Eesti_Ajutise_Maavalitsuse_haridusosakond, lk 63
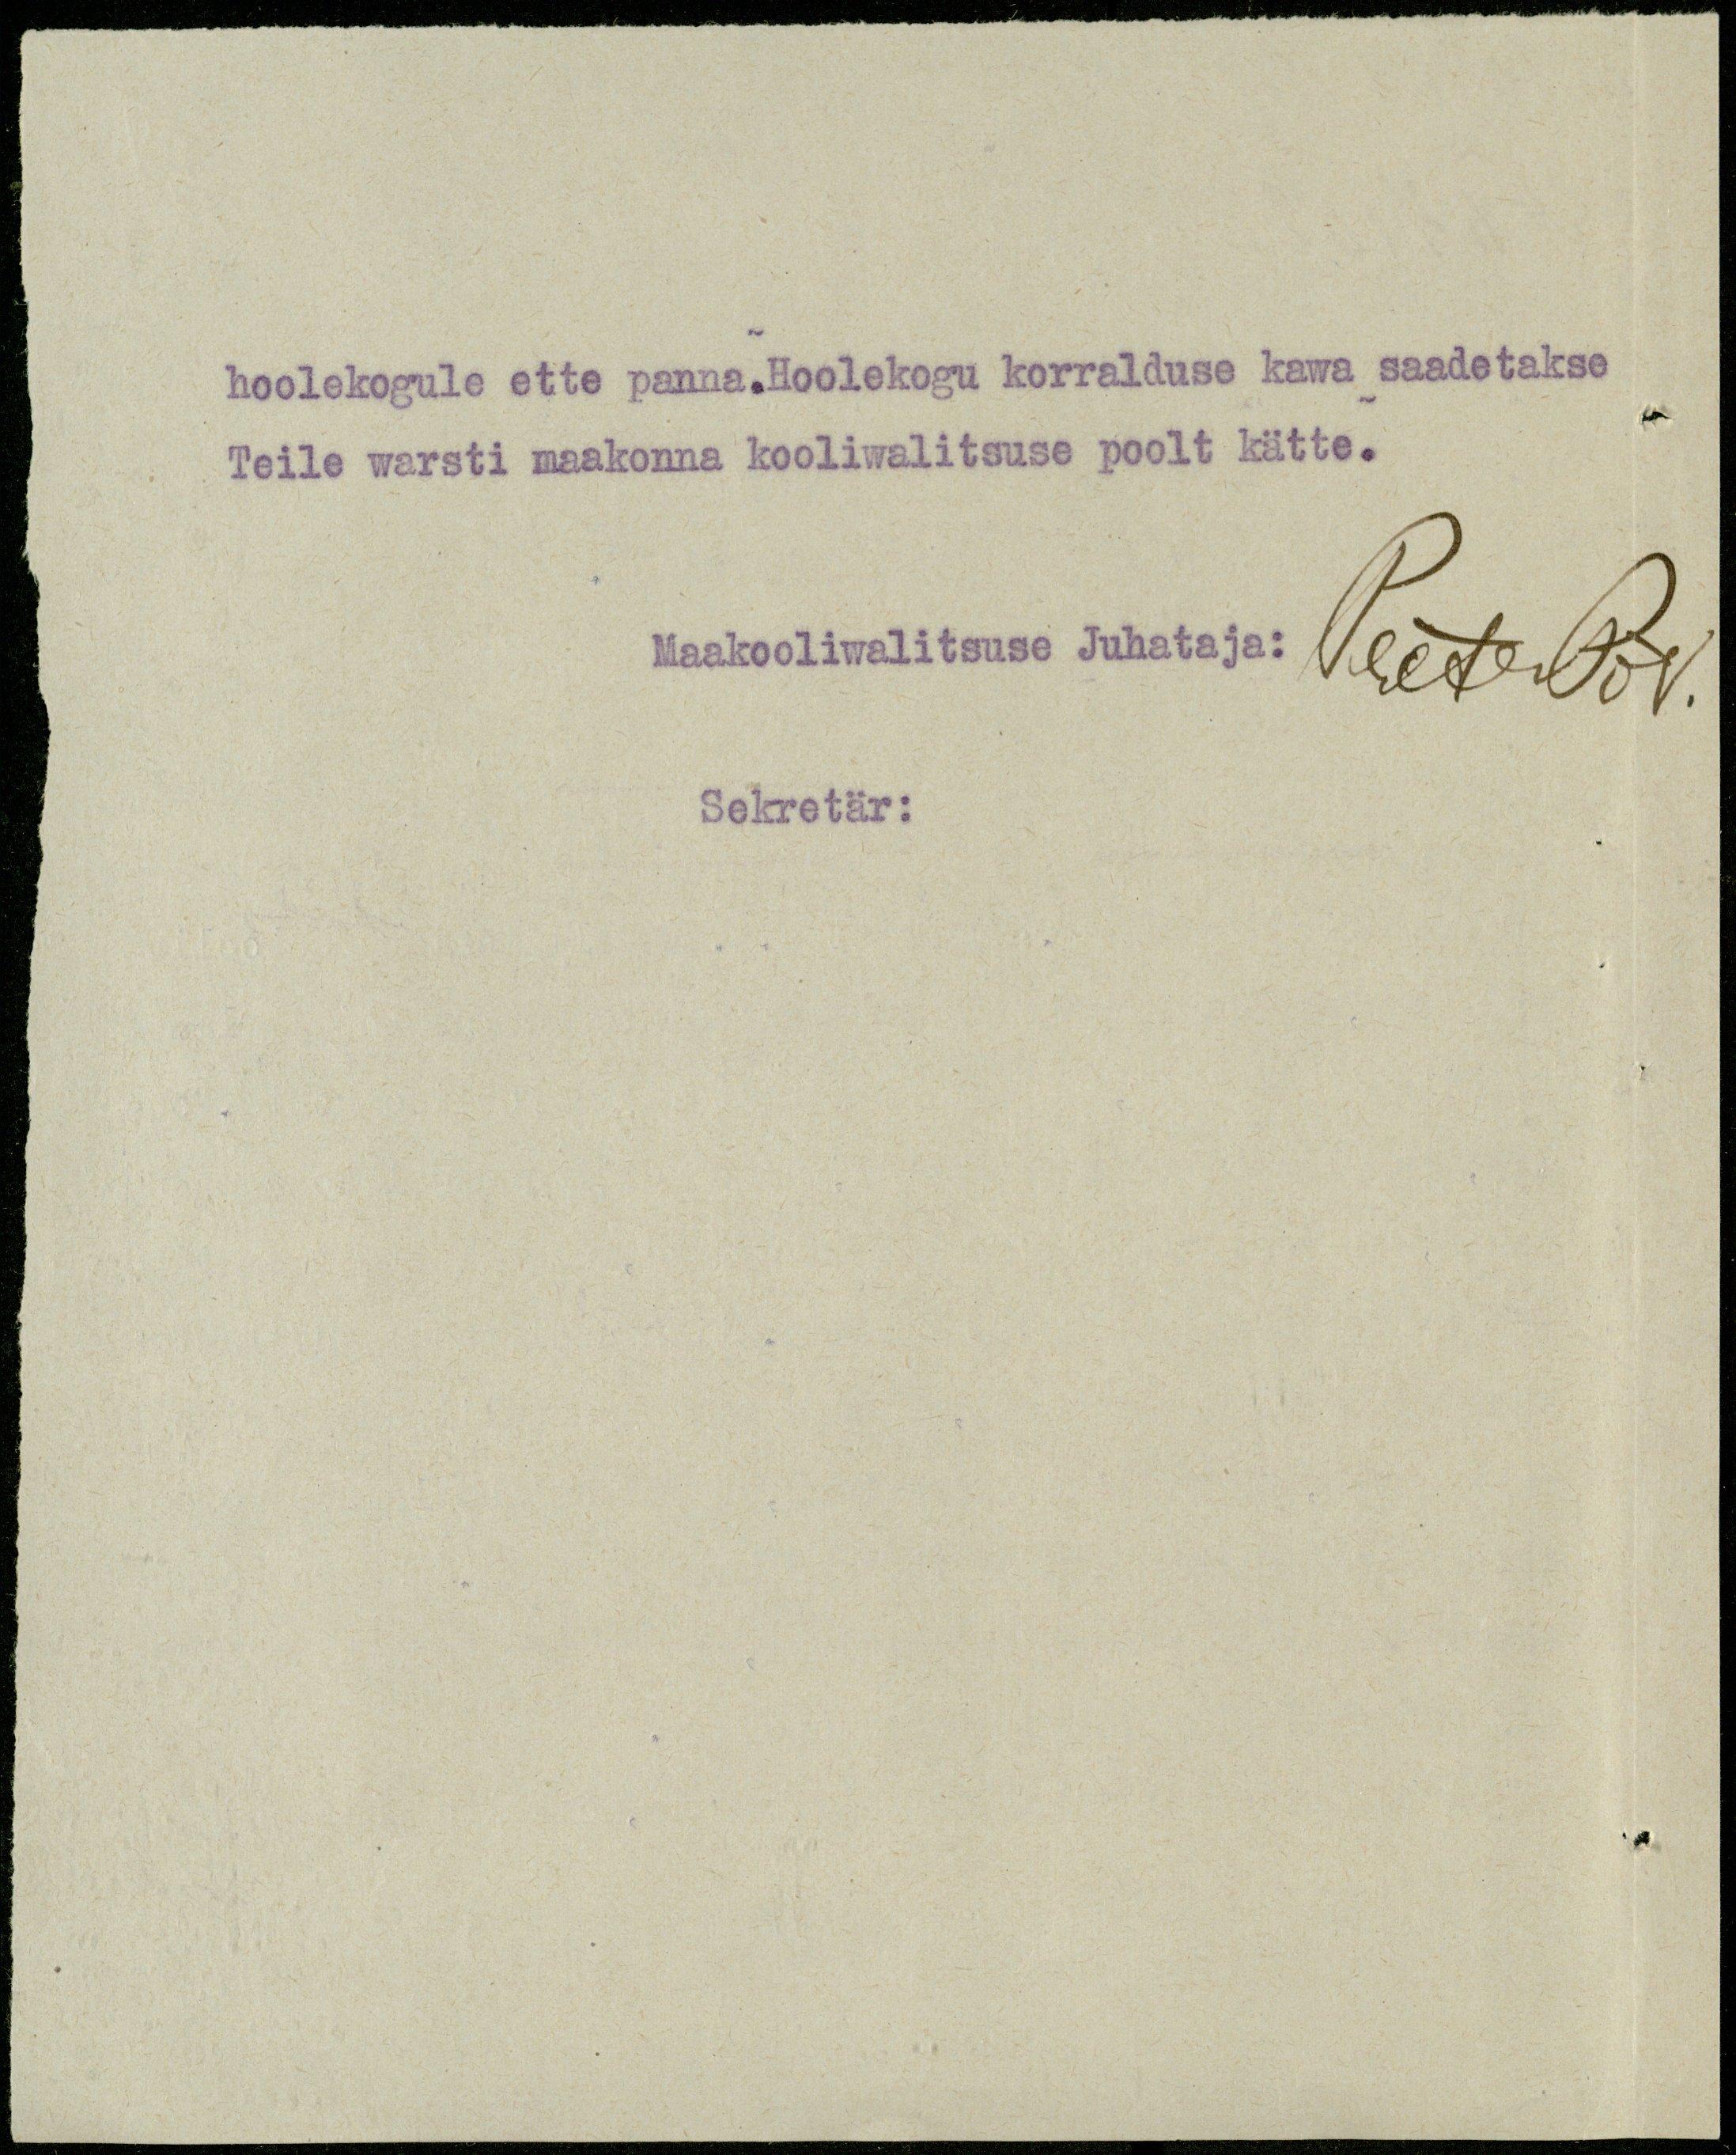
hoolekogule ette panna. Hoolekogu korralduse kawa saadetakse
Teile warsti maakonna kooliwalitsuse poolt kätte.
Maakooliwalitsuse Juhataja:
PeeterPõld
Sekretär: